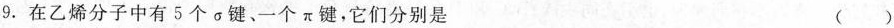
9.在乙烯分子中有5个\sigma 键、一个\pi键，它们分别是 ()